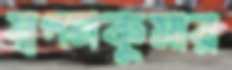
স্বপনকুমার